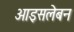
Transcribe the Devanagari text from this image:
आइसलेबन